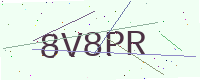
Text: 8V8PR